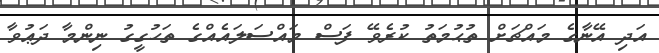
އަދި އޭނާގެ މައްޗަށް ތުޙުމަތު ކުރެވޭ ފަސް މައްސަލައެއްގެ ތަހުގީގު ނިންމާ ދަޢުވާ